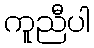
ကူညီပါ